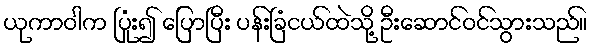
ယုကာဝါက ပြုံး၍ ပြောပြီး ပန်းခြံငယ်ထဲသို့ ဦးဆောင်ဝင်သွားသည်။